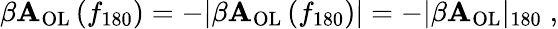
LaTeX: \beta\mathbf{A}_{\mathrm{{OL}}}\left(f_{180}\right)=-|\beta\mathbf{A}_{\mathrm{{OL}}}\left(f_{180}\right)|=-|\beta\mathbf{A}_{\mathrm{{OL}}}|_{180}\; ,